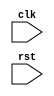
module synchronous_logic_block(
    input wire clk,
    input wire rst,
    // other input signals,
    // output signals
);

// Declare reg or wire signals here

always @(posedge clk or negedge rst) begin
    if (~rst) begin
        // reset logic
    end else begin
        // synchronous logic
    end
end

endmodule